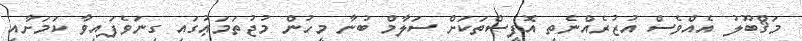
މަޤްބޫލު އެއްވެސް އުޒުރެއްނެތި އޮފީސްތަކަށް ސަލާމް ބުނާ މީހުން މުޖުތަމަޢުގައި ގިނަވެފައިވާ ކަމަށާއި